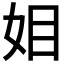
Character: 𭑰